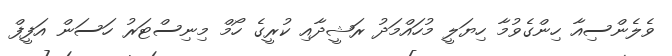
ވެލެންސިއާ ހިންގެވުމާ ހިޔަލީ މުހައްމަދު ރަޝީދާއި ކުރީގެ ހޯމް މިނިސްޓަރު ހަސަން އަފީފް